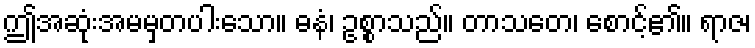
ဤအဆုံးအမမှတပါးသော။ ဓနံ၊ ဥစ္စာသည်။ တာသတေ၊ စောင့်၏။ ရာဇ၊